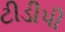
ટીડીપી